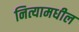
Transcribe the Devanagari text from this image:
नित्यामधील